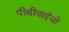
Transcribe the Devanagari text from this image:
पीबीवाईजो